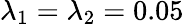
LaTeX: \lambda_{1}=\lambda_{2}=0.05